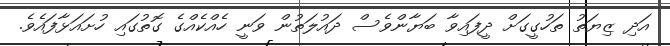
އަދި ޒިޔަތު ތަހުގީގަށް ދީފައިވާ ބަޔާންވެސް ދައުލަތުން ވަނީ ހެއްކެއްގެ ގޮތުގައި ހުށައަޅާފައެވެ.